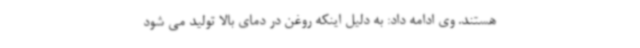
هستند. وی ادامه داد: به دلیل اینکه روغن در دمای بالا تولید می شود